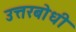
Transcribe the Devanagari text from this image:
उत्तरबोधी